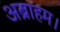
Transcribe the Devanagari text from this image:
अब्राहम।